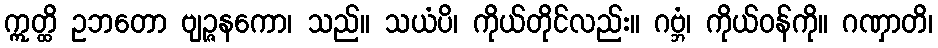
ဣတ္ထိ ဥဘတော ဗျဉ္ဇနကော၊ သည်။ သယံပိ၊ ကိုယ်တိုင်လည်း။ ဂဗ္ဘံ၊ ကိုယ်ဝန်ကို။ ဂဏှာတိ၊